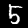
Label: 5